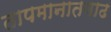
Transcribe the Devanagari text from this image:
तापमानातवाढ